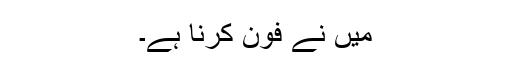
میں نے فون کرنا ہے۔